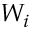
W _ { i }